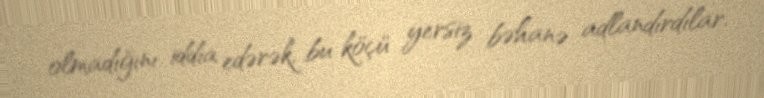
olmadığını iddia edərək, bu köçü yersiz bəhanə adlandırdılar.